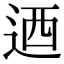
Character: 迺